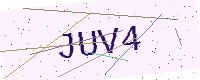
Text: JUV4